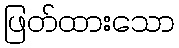
ဖြတ်ထားသော